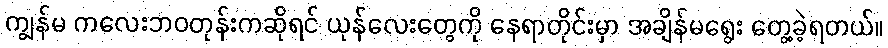
ကျွန်မ ကလေးဘဝတုန်းကဆိုရင် ယုန်လေးတွေကို နေရာတိုင်းမှာ အချိန်မရွေး တွေ့ခဲ့ရတယ်။